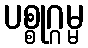
ပစ္စုဂ္ဂမ္မ